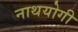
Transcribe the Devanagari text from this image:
नाथयोगी